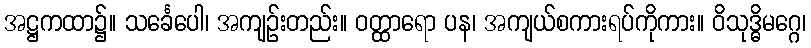
အဋ္ဌကထာ၌။ သင်္ခေပေါ၊ အကျဉ်းတည်း။ ဝတ္ထာရော ပန၊ အကျယ်စကားရပ်ကိုကား။ ဝိသုဒ္ဓိမဂ္ဂေ၊